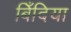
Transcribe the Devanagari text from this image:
बिँदिया